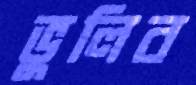
ভুলিব